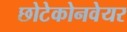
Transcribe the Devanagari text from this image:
छोटेकोनवेयर